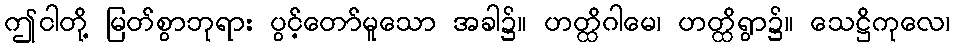
ဤငါတို့ မြတ်စွာဘုရား ပွင့်တော်မူသော အခါ၌။ ဟတ္ထိဂါမေ၊ ဟတ္ထိရွာ၌။ သေဋ္ဌိကုလေ၊